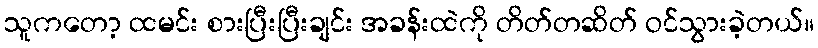
သူကတော့ ထမင်း စားပြီးပြီးချင်း အခန်းထဲကို တိတ်တဆိတ် ဝင်သွားခဲ့တယ်။